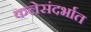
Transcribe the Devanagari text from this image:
कलेसंदर्भात